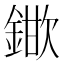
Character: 𮢞